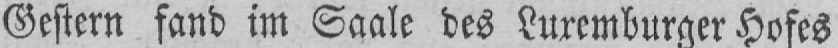
Gestern fand im Saale des Luxemburger Hofes